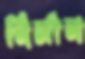
নির্মান